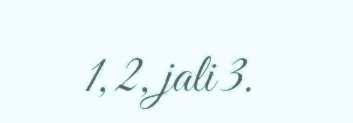
1, 2, jali 3.